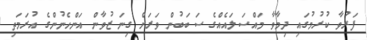
ފަރުވާ ކުރުމުގައި ދިމާވާ މައްސަލައެއްގެ ސަބަބުން ވަރަށް ގިނަ ޒުވާން އަންހެނުންގެ އުރަމަތި